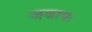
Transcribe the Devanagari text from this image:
जवाफ